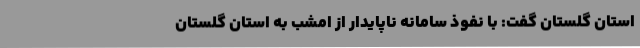
استان گلستان گفت: با نفوذ سامانه ناپایدار از امشب به استان گلستان